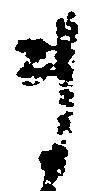
ま